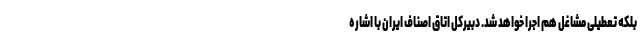
بلکه تعطیلی مشاغل هم اجرا خواهد شد. دبیرکل اتاق اصناف ایران با اشاره